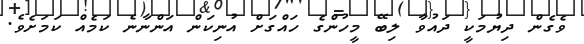
ވެގެން ދިޔުމަކީ ދައުވާ ލިބޭ މީހުންގެ ހައްގަށް އުނިކަން އަންނާނެ ކަމެއް ކަމަށެވެ.